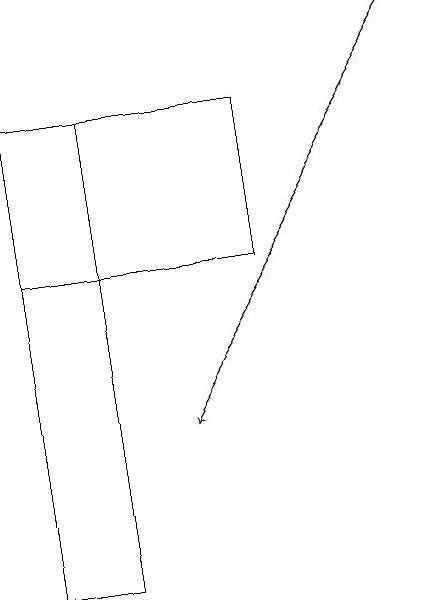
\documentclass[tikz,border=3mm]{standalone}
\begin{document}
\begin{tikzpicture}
\draw (1,11) rectangle (0,17);
\draw (0,17) rectangle (3,15);
\draw[->] (5,18) -- (2,13);
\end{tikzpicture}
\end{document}